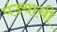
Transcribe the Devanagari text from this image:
पंज्याची